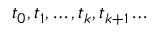
t _ { 0 } , t _ { 1 } , \dots , t _ { k } , t _ { k + 1 } \dots